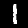
Digit: 1